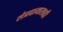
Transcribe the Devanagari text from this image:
संप्रदायासाठी